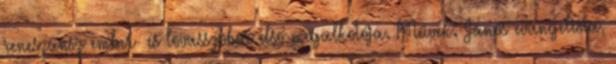
reneszánsz ember- és lovasszobor első megalkotója. Művek: János evangelista,